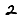
Digit: 2